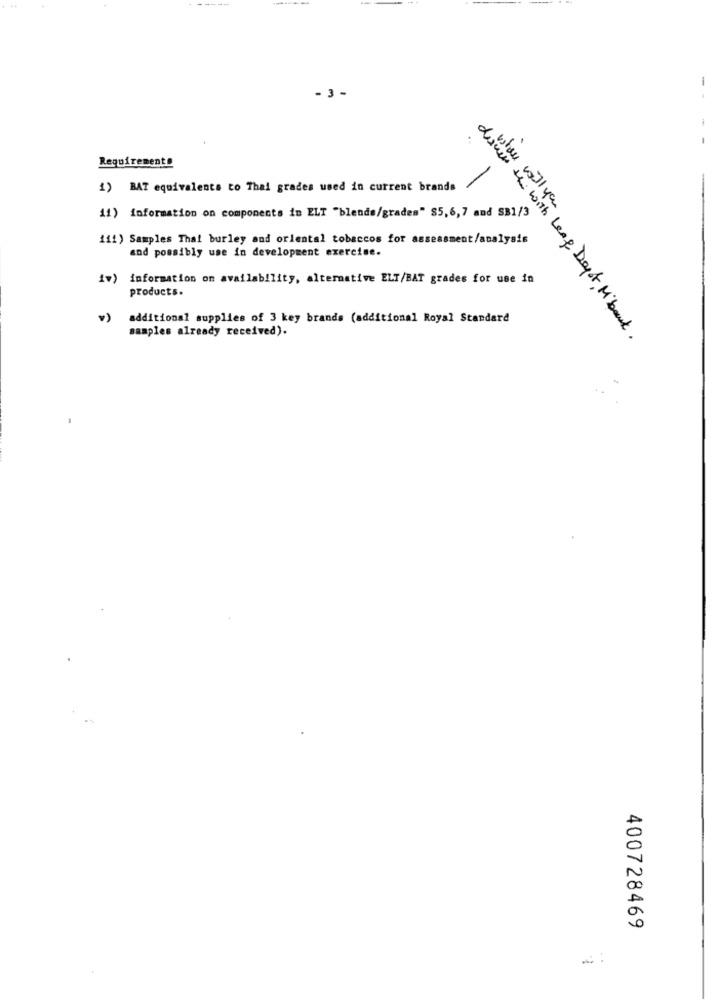
- 3-
--
Requirements
1) BAT equivalents to Thai grades used in current brands
11) information on components in ELT "blende/grades" $5,6,7 and SB1/3
whole will you
111) Samples That burley and oriental tobaccos for assessment/analysis
and possibly use in development exercise.
iv) information on availability, alternative ELT/BAT grades for use in
products.
additional supplies of 3 key brands (additional Royal Standard
samples already received).
down the with Leaf Depot, M' bank.
400728469